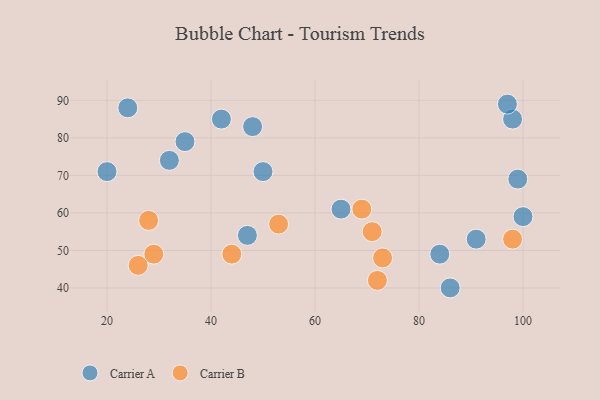
{"axis": {"x": "GDP", "y": "Life Expectancy"}, "legend": ["Carrier A", "Carrier B"], "data": [{"x": "86", "y": 40, "type": "Carrier A"}, {"x": "35", "y": 79, "type": "Carrier A"}, {"x": "98", "y": 85, "type": "Carrier A"}, {"x": "42", "y": 85, "type": "Carrier A"}, {"x": "47", "y": 54, "type": "Carrier A"}, {"x": "91", "y": 53, "type": "Carrier A"}, {"x": "84", "y": 49, "type": "Carrier A"}, {"x": "99", "y": 69, "type": "Carrier A"}, {"x": "50", "y": 71, "type": "Carrier A"}, {"x": "48", "y": 83, "type": "Carrier A"}, {"x": "100", "y": 59, "type": "Carrier A"}, {"x": "32", "y": 74, "type": "Carrier A"}, {"x": "20", "y": 71, "type": "Carrier A"}, {"x": "24", "y": 88, "type": "Carrier A"}, {"x": "65", "y": 61, "type": "Carrier A"}, {"x": "97", "y": 89, "type": "Carrier A"}, {"x": "53", "y": 57, "type": "Carrier B"}, {"x": "72", "y": 42, "type": "Carrier B"}, {"x": "69", "y": 61, "type": "Carrier B"}, {"x": "44", "y": 49, "type": "Carrier B"}, {"x": "71", "y": 55, "type": "Carrier B"}, {"x": "26", "y": 46, "type": "Carrier B"}, {"x": "73", "y": 48, "type": "Carrier B"}, {"x": "29", "y": 49, "type": "Carrier B"}, {"x": "28", "y": 58, "type": "Carrier B"}, {"x": "98", "y": 53, "type": "Carrier B"}]}